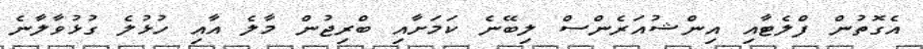
އެގޮތުން ފްލެޓާއި އިންޝުއަރެންސް ލިބޭނެ ކަމަށާއި ބްރިޖުން މާލެ އާއި ހުޅުލެ ގުޅުވާލާނެ